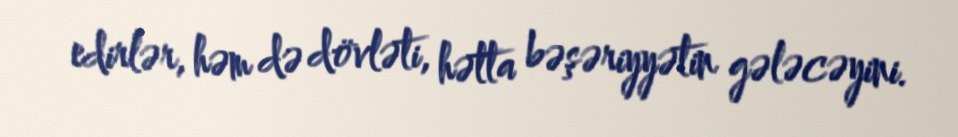
edirlər, həm də dövləti, hətta bəşəriyyətin gələcəyini.